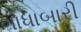
ગોધાબારી